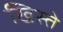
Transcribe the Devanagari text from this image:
खिस्ते